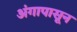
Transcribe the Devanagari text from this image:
अंगापासून